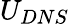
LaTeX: U_{DNS}